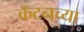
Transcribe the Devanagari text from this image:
कॅटनच्या